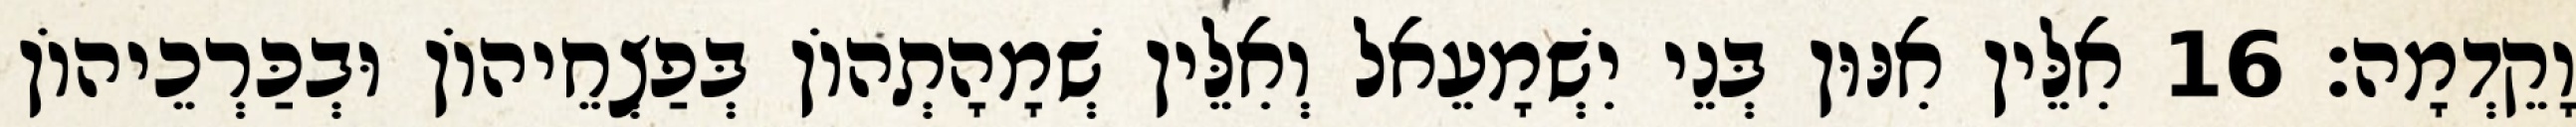
וָקֵדְמָה׃ 16 אִלֵּין אִנּוּן בְּנֵי יִשְׁמָעֵאל וְאִלֵּין שְׁמָהָתְהוֹן בְּפַצְחֵיהוֹן וּבְכַּרְכֵיהוֹן